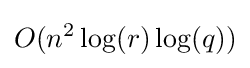
O(n^{2}\log(r)\log(q))